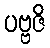
ပဗ္ဗဇိ